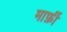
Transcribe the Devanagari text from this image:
मार्फ़ी